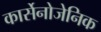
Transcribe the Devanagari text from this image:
कार्सेनोजेनिक